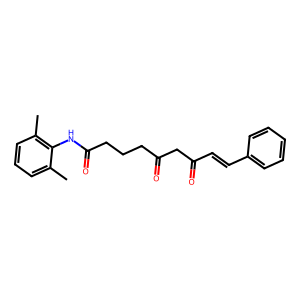
SMILES: Cc1cccc(C)c1NC(=O)CCCC(=O)CC(=O)C=Cc1ccccc1
Inhibits HIV replication: No